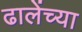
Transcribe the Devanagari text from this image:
ढालेंच्या